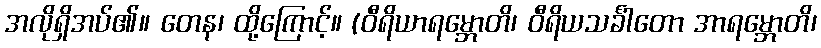
အလိုရှိအပ်၏။ တေန၊ ထို့ကြောင့်။ (ဝီရိယာရမ္ဘောတိ၊ ဝီရိယသင်္ခါတော အာရမ္ဘောတိ၊